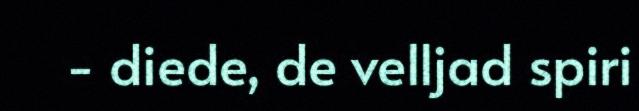
- diede, de velljad spiri